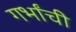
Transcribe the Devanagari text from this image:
गर्भांची